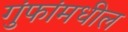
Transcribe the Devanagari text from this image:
गुंफांमधील